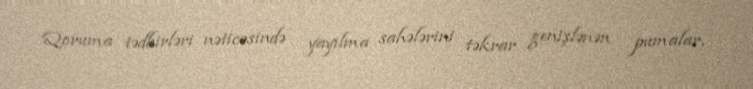
Qoruma tədbirləri nəticəsində yayılma sahələrini təkrar genişlənən pumalar,